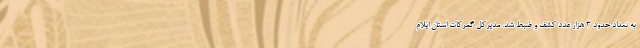
به تعداد حدود ۳ هزار عدد کشف و ضبط شد. مدیرکل گمرکات استان ایلام